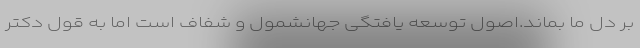
بر دل ما بماند.اصول توسعه یافتگی جهانشمول و شفاف است اما به قول دکتر